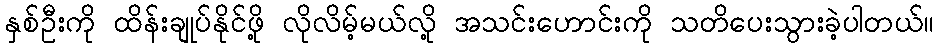
နှစ်ဦးကို ထိန်းချုပ်နိုင်ဖို့ လိုလိမ့်မယ်လို့ အသင်းဟောင်းကို သတိပေးသွားခဲ့ပါတယ်။